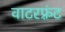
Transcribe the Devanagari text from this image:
वाटरफ़्रंट